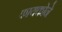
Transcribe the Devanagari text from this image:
फायकोने